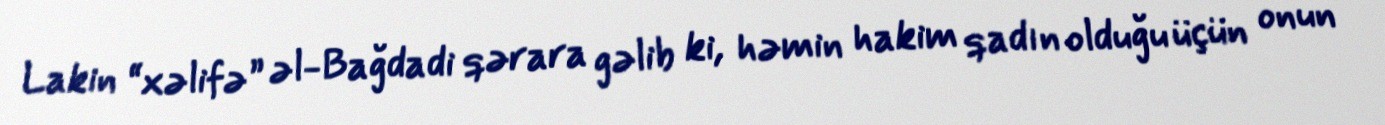
Lakin “xəlifə” əl-Bağdadi qərara gəlib ki, həmin hakim qadın olduğu üçün onun